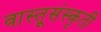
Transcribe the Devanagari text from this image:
वास्तूसंस्कृती